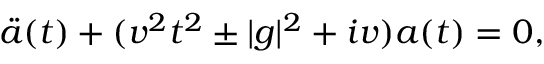
\ddot { a } ( t ) + ( v ^ { 2 } t ^ { 2 } \pm | g | ^ { 2 } + i v ) a ( t ) = 0 ,